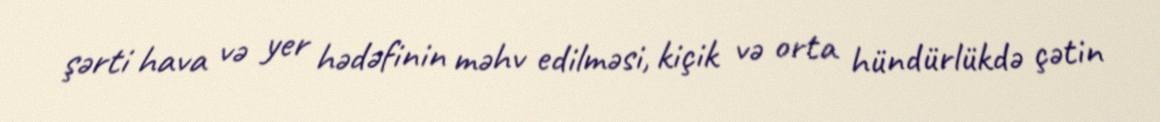
şərti hava və yer hədəfinin məhv edilməsi, kiçik və orta hündürlükdə çətin